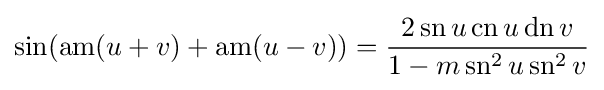
\sin(\operatorname {am} (u+v)+\operatorname {am} (u-v))={\frac {2\operatorname {sn} u\operatorname {cn} u\operatorname {dn} v}{1-m\operatorname {sn} ^{2}u\operatorname {sn} ^{2}v}}